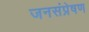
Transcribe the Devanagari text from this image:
जनसंप्रेषण